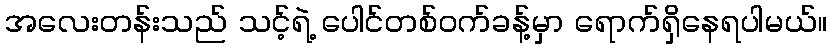
အလေးတန်းသည် သင့်ရဲ့ ပေါင်တစ်ဝက်ခန့်မှာ ရောက်ရှိနေရပါမယ်။